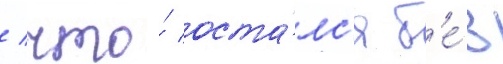
/ что́ оста́лс'я б'е́з